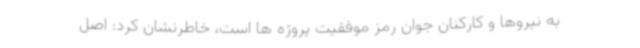
به نیروها و کارکنان جوان رمز موفقیت پروژه ها است، خاطرنشان کرد: اصل